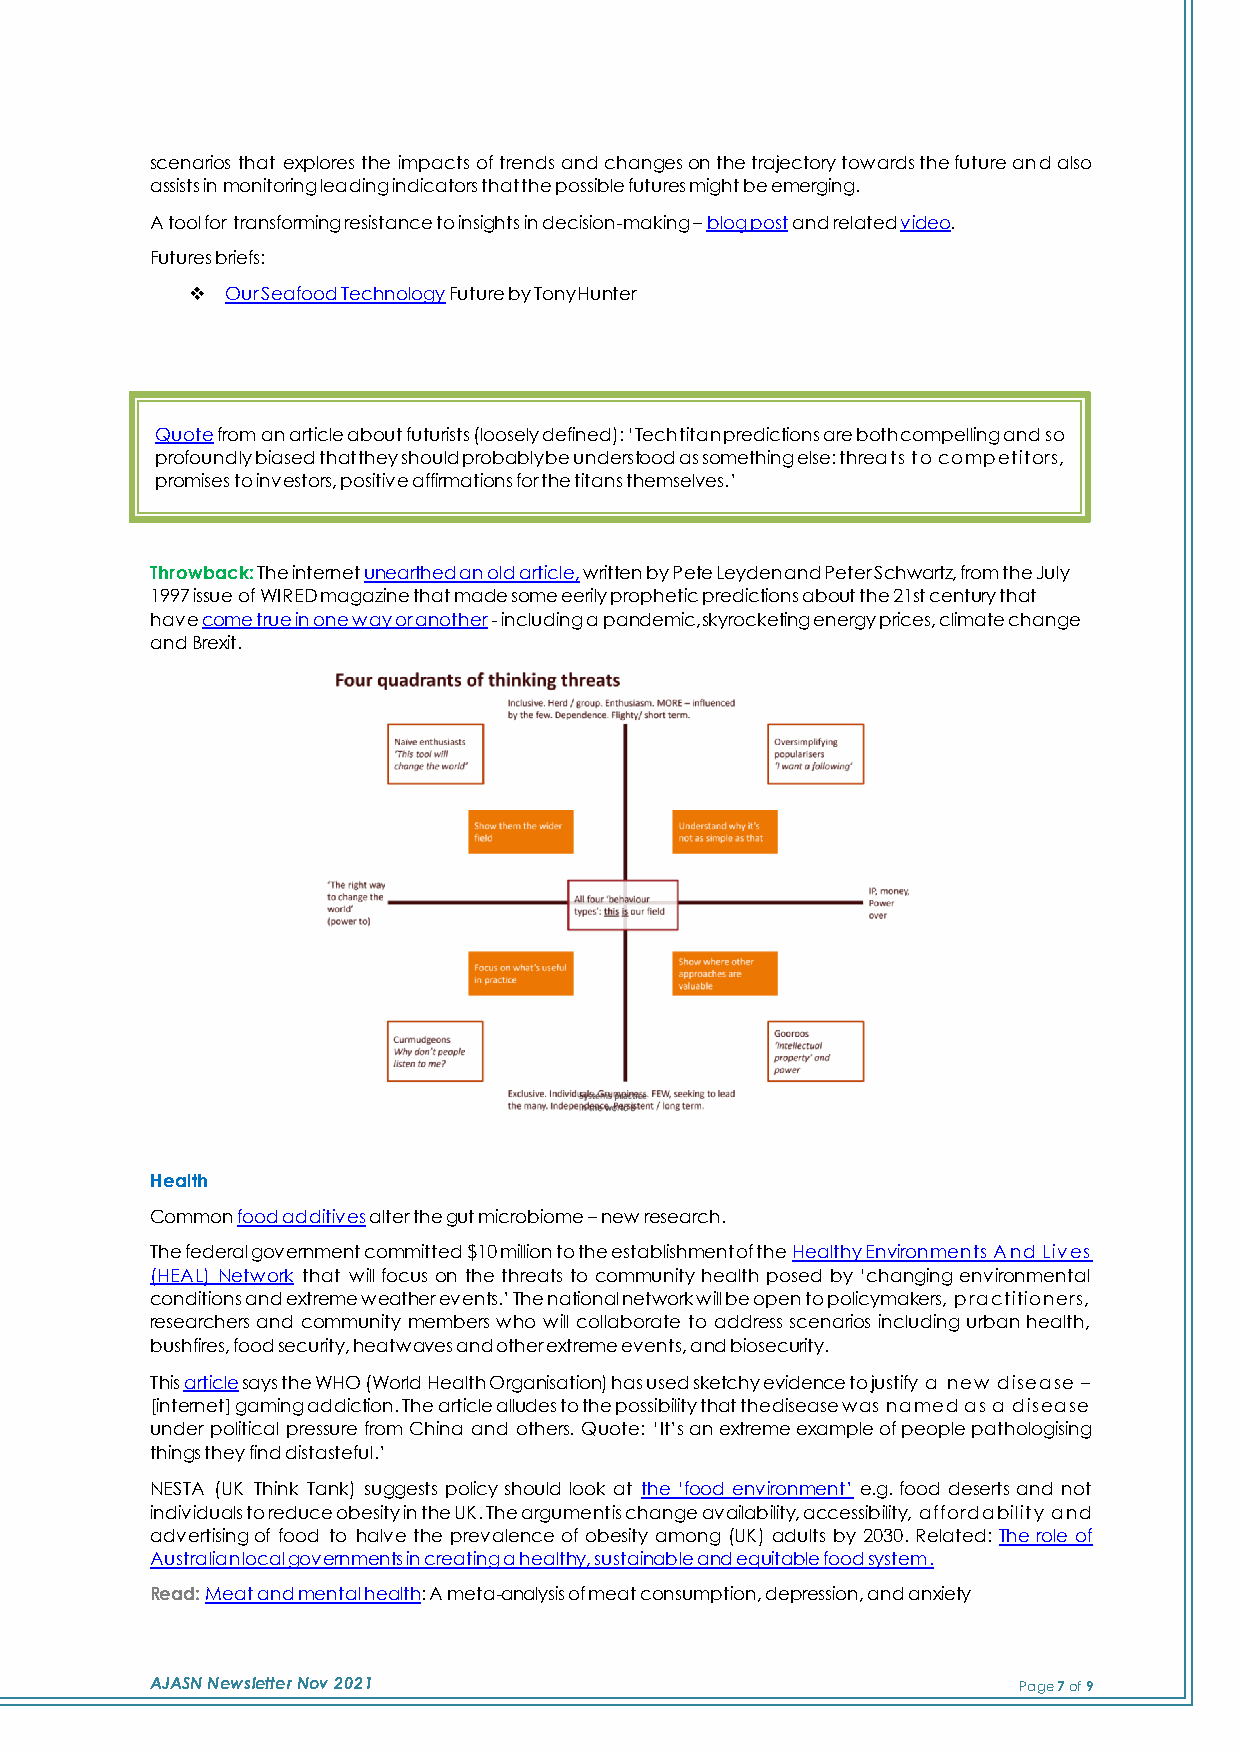
scenarios that explores the impacts of trends and changes on the trajectory towards the future and also
 assists in monitoring leading indicators that the possible futures might be emerging.
 A tool for transforming resistance to insights in decision-making – blog post and related video.
 Futures briefs:
 ❖  Our Seafood Technology Future by Tony Hunter
 Quote from an article about futurists (loosely defined): ‘Tech titan predictions are both compelling and so
 profoundly biased that they should probably be understood as something else: threats to competitors,
 promises to investors, positive affirmations for the titans themselves.’
 Throwback: The internet unearthed an old article, written by Pete Leyden and Peter Schwartz, from the July
 1997 issue of WIRED magazine that made some eerily prophetic predictions about the 21st century that
 have come true in one way or another - including a pandemic, skyrocketing energy prices, climate change
 and Brexit.
 Health
 Common food additives alter the gut microbiome – new research.
 The federal government committed $10 million to the establishment of the Healthy Environments And Lives
 (HEAL) Network that will focus on the threats to community health posed by ‘changing environmental
 conditions and extreme weather events.’ The national network will be open to policymakers, practitioners,
 researchers and community members who will collaborate to address scenarios including urban health,
 bushfires, food security, heatwaves and other extreme events, and biosecurity.
 This article says the WHO (World Health Organisation) has used sketchy evidence to justify a new disease –
 [internet] gaming addiction. The article alludes to the possibility that the disease was named as a disease
 under political pressure from China and others. Quote: ‘It’s an extreme example of people pathologising
 things they find distasteful.’
 NESTA (UK Think Tank) suggests policy should look at the ‘food environment’ e.g. food deserts and not
 individuals to reduce obesity in the UK. The argument is change availability, accessibility, affordability and
 advertising of food to halve the prevalence of obesity among (UK) adults by 2030. Related: The role of
 Australian local governments in creating a healthy, sustainable and equitable food system.
 Read: Meat and mental health: A meta-analysis of meat consumption, depression, and anxiety
 AJASN Newsletter Nov 2021                                Page 7 of 9